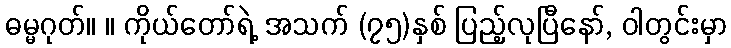
ဓမ္မဂုတ်။ ။ ကိုယ်တော်ရဲ့ အသက် (၇၅)နှစ် ပြည့်လုပြီနော်, ဝါတွင်းမှာ